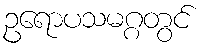
ဥရောပသမဂ္ဂတွင်